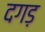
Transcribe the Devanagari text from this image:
दगड़